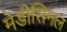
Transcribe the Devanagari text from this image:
मेडीसिनल